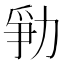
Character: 𱐲